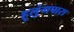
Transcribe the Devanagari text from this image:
हूलुंगपारा